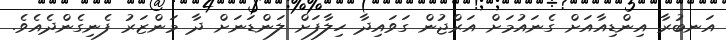
އަނބުރާ އިންޑިއާއަށް ގެނައުމަށް އަރްޖުން ގަވައިދާ ހިލާފަށް ލަންޑަނަށް ދާ މަންޒަރު ފެނިގެންދެއެވެ.